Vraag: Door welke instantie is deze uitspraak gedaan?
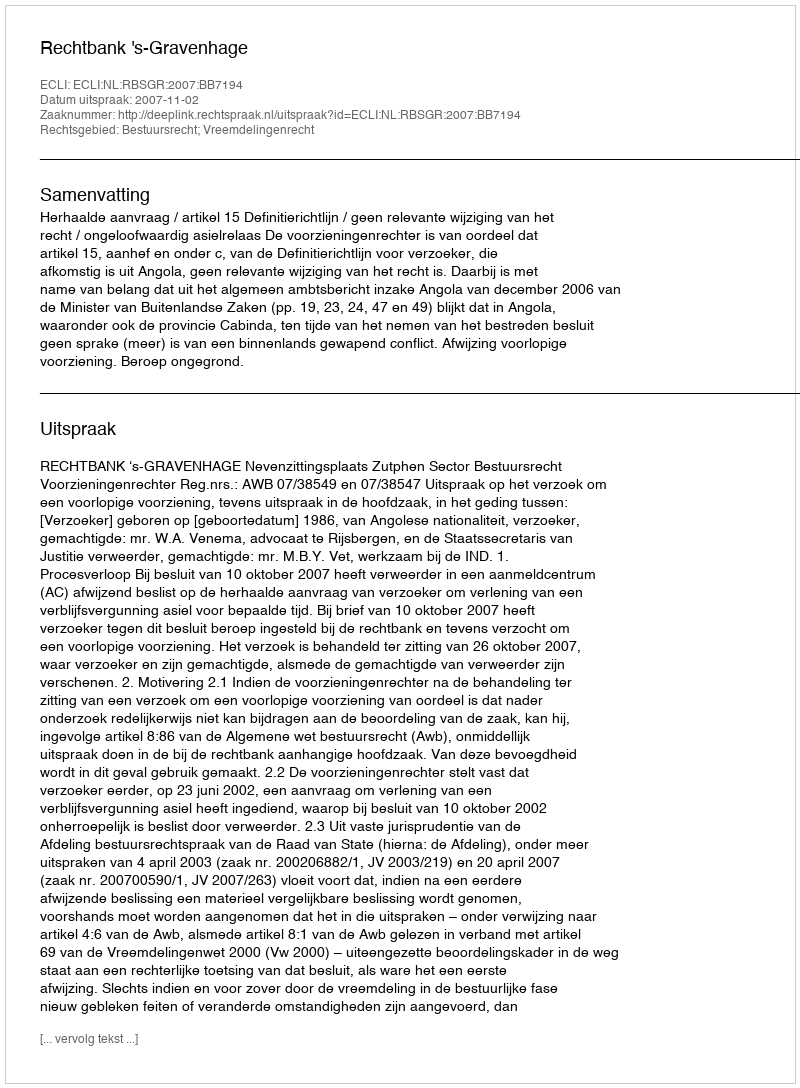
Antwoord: Rechtbank 's-Gravenhage